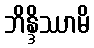
ဘိန္ဒိဿာမိ